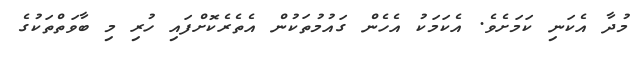
މުދާ އެކަނި ކަމަށެވެ. އެކަމަކު އެހެން ގައުމުތަކުން އެތެރެކޮށްފައި ހުރި މި ބާވަތްތަކުގެ